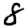
Digit: 8